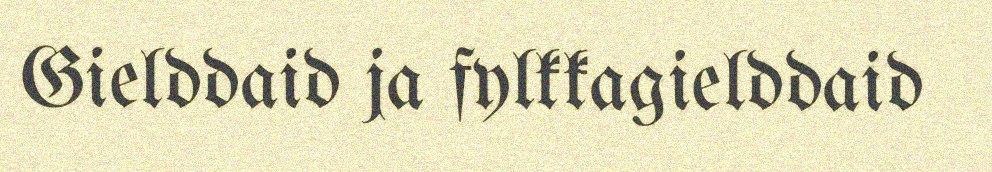
Gielddaid ja fylkkagielddaid